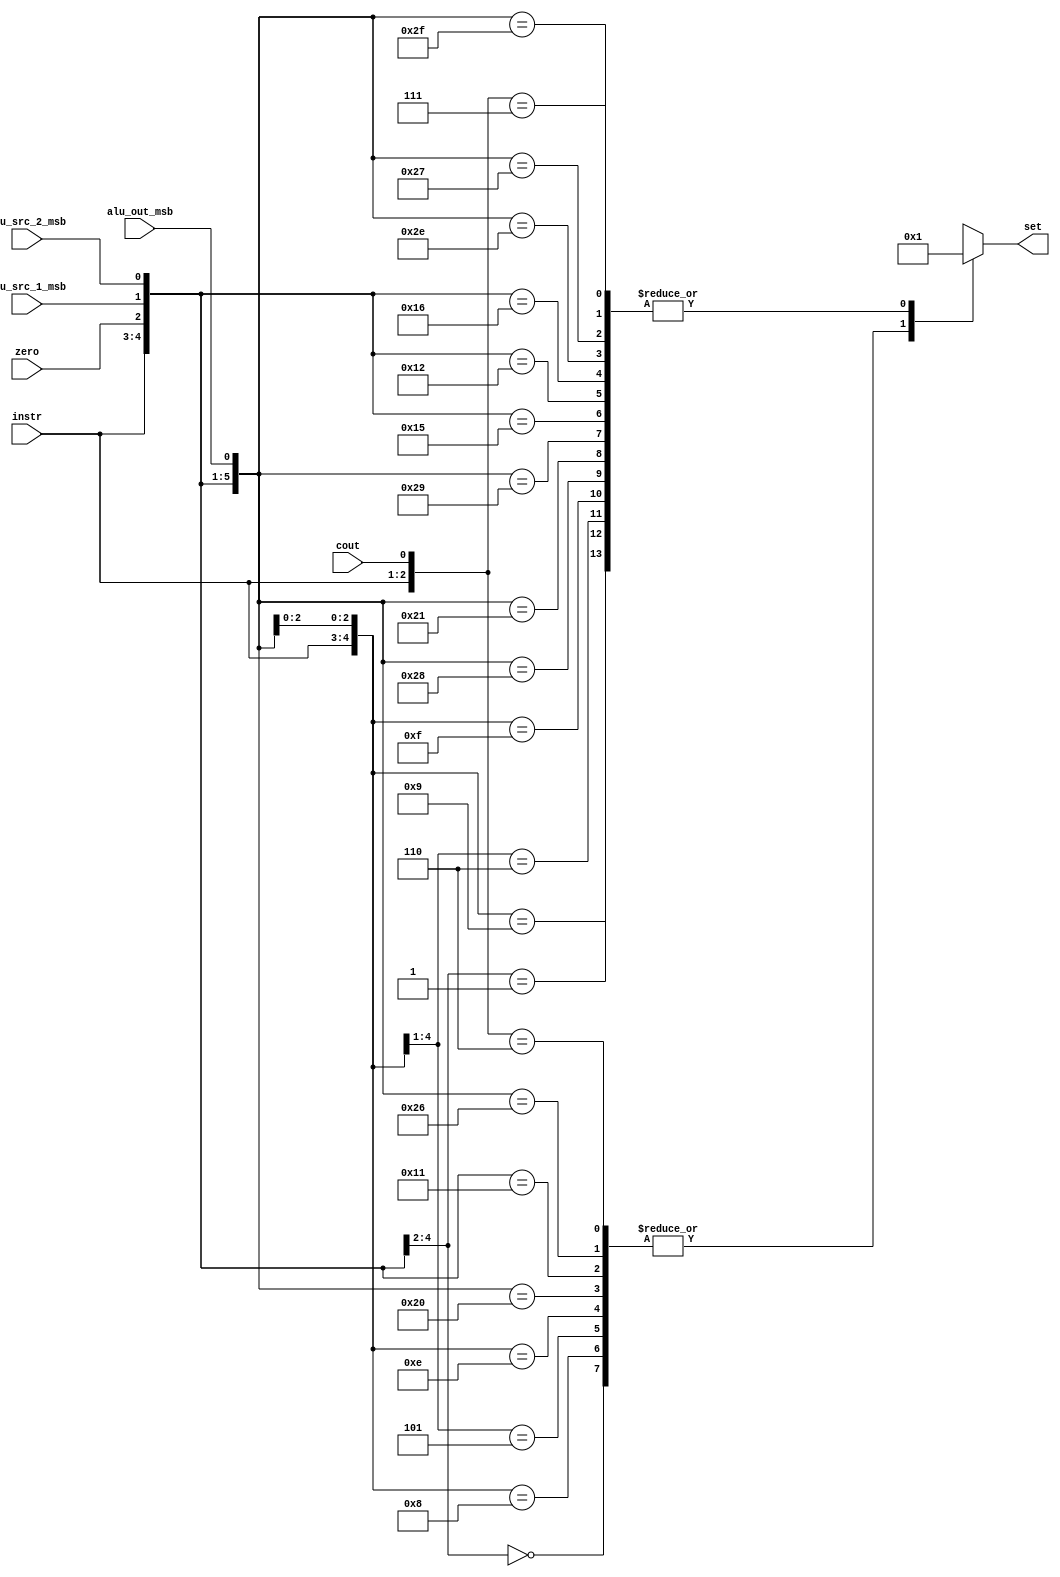
module cond_set(set, instr, zero, cout, alu_src_1_msb, alu_src_2_msb, alu_out_msb);
    input zero, cout, alu_src_1_msb, alu_src_2_msb, alu_out_msb;
    input [1:0] instr;
    output [15:0] set;
    reg [15:0] set;

always @ (zero, cout, alu_src_1_msb, alu_src_2_msb, alu_out_msb, instr)
begin
    casex({instr,zero,cout,alu_src_1_msb,alu_src_2_msb,alu_out_msb})
      7'b000xxxx:
      begin
        set <= 16'b0000_0000_0000_0000;
      end
      7'b001xxxx:
      begin
        set <= 16'b0000_0000_0000_0001;
      end
      7'b01xx000:
      begin
        set <= 16'b0000_0000_0000_0000;
      end
      7'b01xx001:
      begin
        set <= 16'b0000_0000_0000_0001;
      end
      7'b01xx01x:
      begin
        set <= 16'b0000_0000_0000_0000;
      end
      7'b01xx10x:
      begin
        set <= 16'b0000_0000_0000_0001;
      end
      7'b01xx110:
      begin
        set <= 16'b0000_0000_0000_0000;
      end
      7'b01xx111:
      begin
        set <= 16'b0000_0000_0000_0001;
      end
      7'b100x000:
      begin
        set <= 16'b0000_0000_0000_0000;
      end
      7'b101x000:
      begin
        set <= 16'b0000_0000_0000_0001;
      end
      7'b100x001:
      begin
        set <= 16'b0000_0000_0000_0001;
      end
      7'b101x001:
      begin
        set <= 16'b0000_0000_0000_0001;
      end
      7'b100x01x:
      begin
        set <= 16'b0000_0000_0000_0000;
      end
      7'b101x01x:
      begin
        set <= 16'b0000_0000_0000_0001;
      end
      7'b100x10x:
      begin
        set <= 16'b0000_0000_0000_0001;
      end
      7'b101x10x:
      begin
        set <= 16'b0000_0000_0000_0001;
      end
      7'b100x110:
      begin
        set <= 16'b0000_0000_0000_0000;
      end
      7'b101x110:
      begin
        set <= 16'b0000_0000_0000_0001;
      end
      7'b100x111:
      begin
        set <= 16'b0000_0000_0000_0001;
      end
      7'b101x111:
      begin
        set <= 16'b0000_0000_0000_0001;
      end
      7'b11x0xxx:
      begin
        set <= 16'b0000_0000_0000_0000;
      end
      7'b11x1xxx:
      begin
        set <= 16'b0000_0000_0000_0001;
      end

      default:
      begin
        set <= 16'bxxxx_xxxx_xxxx_xxxx;
      end
    endcase
end   
endmodule